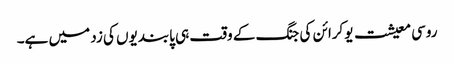
روسی معیشت یوکرائن کی جنگ کے وقت ہی پابندیوں کی زد میں ہے۔